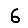
Digit: 6